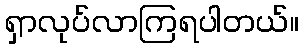
ရှာလုပ်လာကြရပါတယ်။